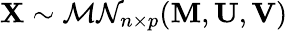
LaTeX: \mathbf{X}\sim{\mathcal{MN}}_{n\times p}(\mathbf{M},\mathbf{U},\mathbf{V})